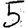
Digit: 5